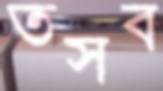
তসব